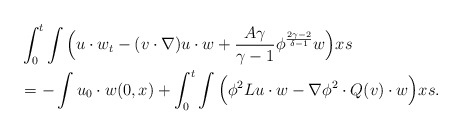
\begin{align*}&\int_0^t \int \Big(u \cdot w_t - (v\cdot \nabla) u \cdot w +\frac{A\gamma}{\gamma-1} \phi^{\frac{2\gamma-2}{\delta-1}}w \Big)xs\\&=-\int u_0 \cdot w(0,x)+\int_0^t \int \Big(\phi^2 Lu \cdot w-\nabla \phi^2 \cdot Q(v) \cdot w \Big)xs.\end{align*}